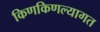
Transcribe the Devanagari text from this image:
किणकिणल्यागत